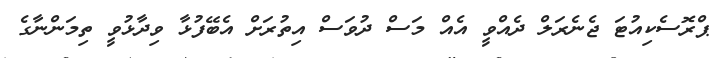
ޕްރޮސެކިއުޓަ ޖެނެރަލް ދެއްވީ އެއް މަސް ދުވަސް އިތުރަށް އެބޭފުޅާ ވިދާޅުވީ ތިމަންނާގެ